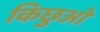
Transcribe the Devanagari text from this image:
किछुओ